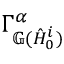
\Gamma _ { \mathbb { G } ( \hat { H } _ { 0 } ^ { i } ) } ^ { \alpha }